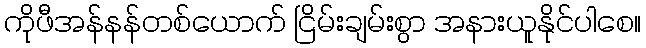
ကိုဖီအန်နန်တစ်ယောက် ငြိမ်းချမ်းစွာ အနားယူနိုင်ပါစေ။